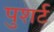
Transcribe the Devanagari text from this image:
पुशर्ट